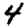
Digit: 4